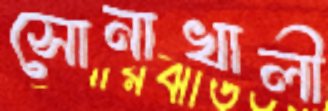
সোনাখালী